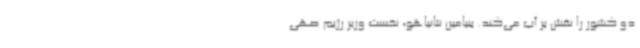
دو کشور را نقش بر آب می‌کند. بنیامین نتانیاهو، نخست وزیر رژیم صهی